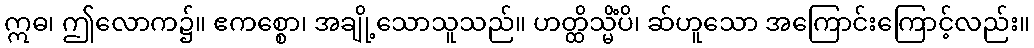
ဣဓ၊ ဤလောက၌။ ဧကစ္စော၊ အချို့သောသူသည်။ ဟတ္ထိသ္မိံပိ၊ ဆ်ဟူသော အကြောင်းကြောင့်လည်း။